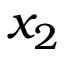
x _ { 2 }